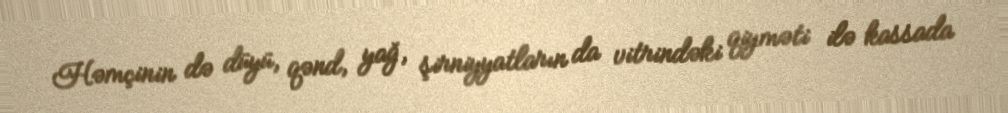
Həmçinin də düyü, qənd, yağ, şirniyyatların da vitrindəki qiyməti ilə kassada